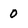
Character: 0